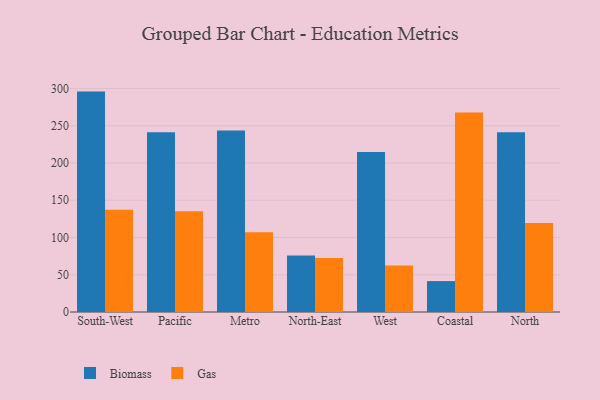
{"axis": {"x": "Region", "y": "Inventory Turnover"}, "legend": ["Biomass", "Gas"], "data": [{"x": "South-West", "y": 295.8, "type": "Biomass"}, {"x": "South-West", "y": 137.3, "type": "Gas"}, {"x": "Pacific", "y": 241.4, "type": "Biomass"}, {"x": "Pacific", "y": 135.1, "type": "Gas"}, {"x": "Metro", "y": 243.5, "type": "Biomass"}, {"x": "Metro", "y": 106.9, "type": "Gas"}, {"x": "North-East", "y": 75.8, "type": "Biomass"}, {"x": "North-East", "y": 72.5, "type": "Gas"}, {"x": "West", "y": 214.6, "type": "Biomass"}, {"x": "West", "y": 62.5, "type": "Gas"}, {"x": "Coastal", "y": 41.5, "type": "Biomass"}, {"x": "Coastal", "y": 267.6, "type": "Gas"}, {"x": "North", "y": 241.2, "type": "Biomass"}, {"x": "North", "y": 119.6, "type": "Gas"}]}